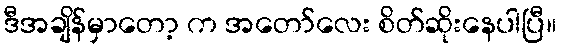
ဒီအချိန်မှာတော့ က အတော်လေး စိတ်ဆိုးနေပါပြီ။